Vaccination report Assam 1896-1927 - 1896-1927
Year: 1896
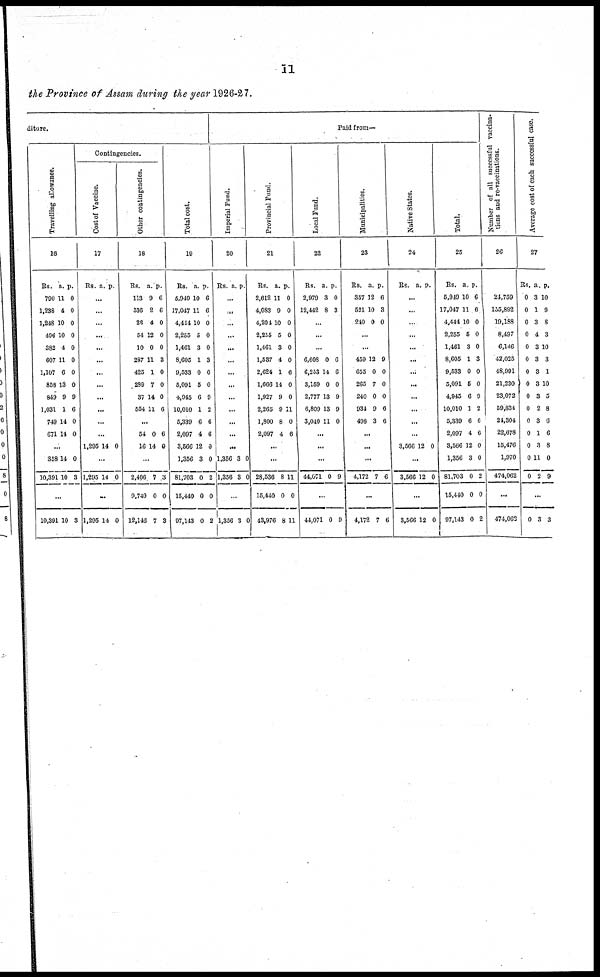
11
the Province of Assam during the year 1926-27.
diture.
Travelling allowance.
16
Rs.
790
1,238
1,248
496
382
607
1,107
858
849
1,031
749
671
a.
11
4
10
10
4
11
6
13
9
1
14
14
p.
0
0
0
0
0
0
0
0
9
6
0
0
...
358
10,391
14
10
0
3
...
10,391 10 3
Contingencies.
Cost of Vaccine.
17
Rs. a. p.
...
...
...
...
...
...
...
...
...
...
...
...
1,295 14 0
...
1,295 14 0
...
1,295 14 0
Other contingencies.
18
Rs.
113
536
26
54
10
287
425
289
37
554
a.
9
2
4
12
0
11
1
7
14
11
p.
6
6
0
0
0
3
0
0
0
6
...
54
16
0
14
6
0
...
2,406
9,740
12,146
7
0
7
3
0
3
Total cost.
19
Rs.
5,949
17,047
4,444
2,255
1,461
8,605
9,533
5,091
4,945
10,010
5,339
2,097
3,566
1,356
81,703
15,440
97,143
a.
10
11
10
5
3
1
0
5
6
1
6
4
12
3
0
0
0
p.
6
6
0
0
0
3
0
0
9
2
6
6
0
0
2
0
2
Paid from—
Imperial Fond.
20
Rs. a. p.
...
...
...
...
...
...
...
...
...
...
...
...
...
1,356
1,356
3
3
0
0
...
1,356 3 0
Provincial Fund.
21
Rs.
2,612
4,083
4,204
2,255
1,461
1,537
2,624
1,666
1,927
2,265
1,800
2,097
a.
11
9
10
5
3
4
1
14
9
9
8
4
p.
0
0
0
0
0
0
6
0
0
11
0
6
...
...
28,536
15,440
43,976
8
0
8
11
0
11
Local Fund.
22
Rs.
2,979
12,442
a.
3
8
p.
0
3
...
...
...
6,608
6,253
3,159
2,777
6,809
3,040
0
14
0
13
13
11
6
6
0
9
9
0
...
...
...
44,071 0 9
...
44,071 0 9
Municipalities.
23
Rs.
357
521
240
a.
12
10
0
p.
6
3
0
...
...
459
655
265
240
934
498
12
0
7
0
9
3
9
0
0
0
6
6
...
...
...
4,172 7 6
...
4,172 7 6
Native States.
24
Rs. a. p.
...
...
...
...
...
...
...
...
...
...
...
...
3,566 12 0
...
3,566 12 0
...
3,566 12 0
Total.
25
Rs.
5,949
17,047
4,444
2,255
1,461
8,605
9,533
5,091
4,945
10,010
5,339
2,097
3,566
1,356
81,703
15,440
97,143
a.
10
11
10
5
3
1
0
5
6
1
6
4
12
3
0
0
0
p.
6
6
0
0
0
3
0
0
9
2
6
6
0
0
2
0
2
Number of all successful vaccina¬
tions and re-vaccinations.
26
24,759
155,892
19,188
8,497
6,146
42,025
48,991
21,230
23,072
59,834
24,304
22,678
15,476
1,970
474,062
...
474,062
Average cost of each successful case.
27
Rs.
0
0
0
0
0
0
0
0
0
0
0
0
0
0
0
a
3
1
3
4
3
3
3
3
3
2
3
1
3
11
2
p.
10
9
8
3
10
3
1
10
5
8
6
6
8
0
9
...
0 3 3